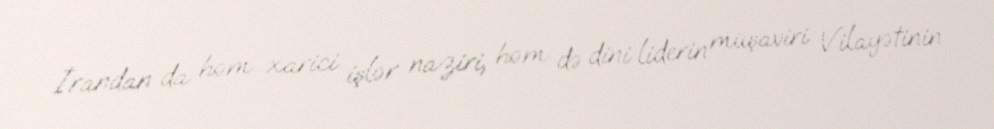
İrandan da həm xarici işlər naziri, həm də dini liderin müşaviri Vilayətinin